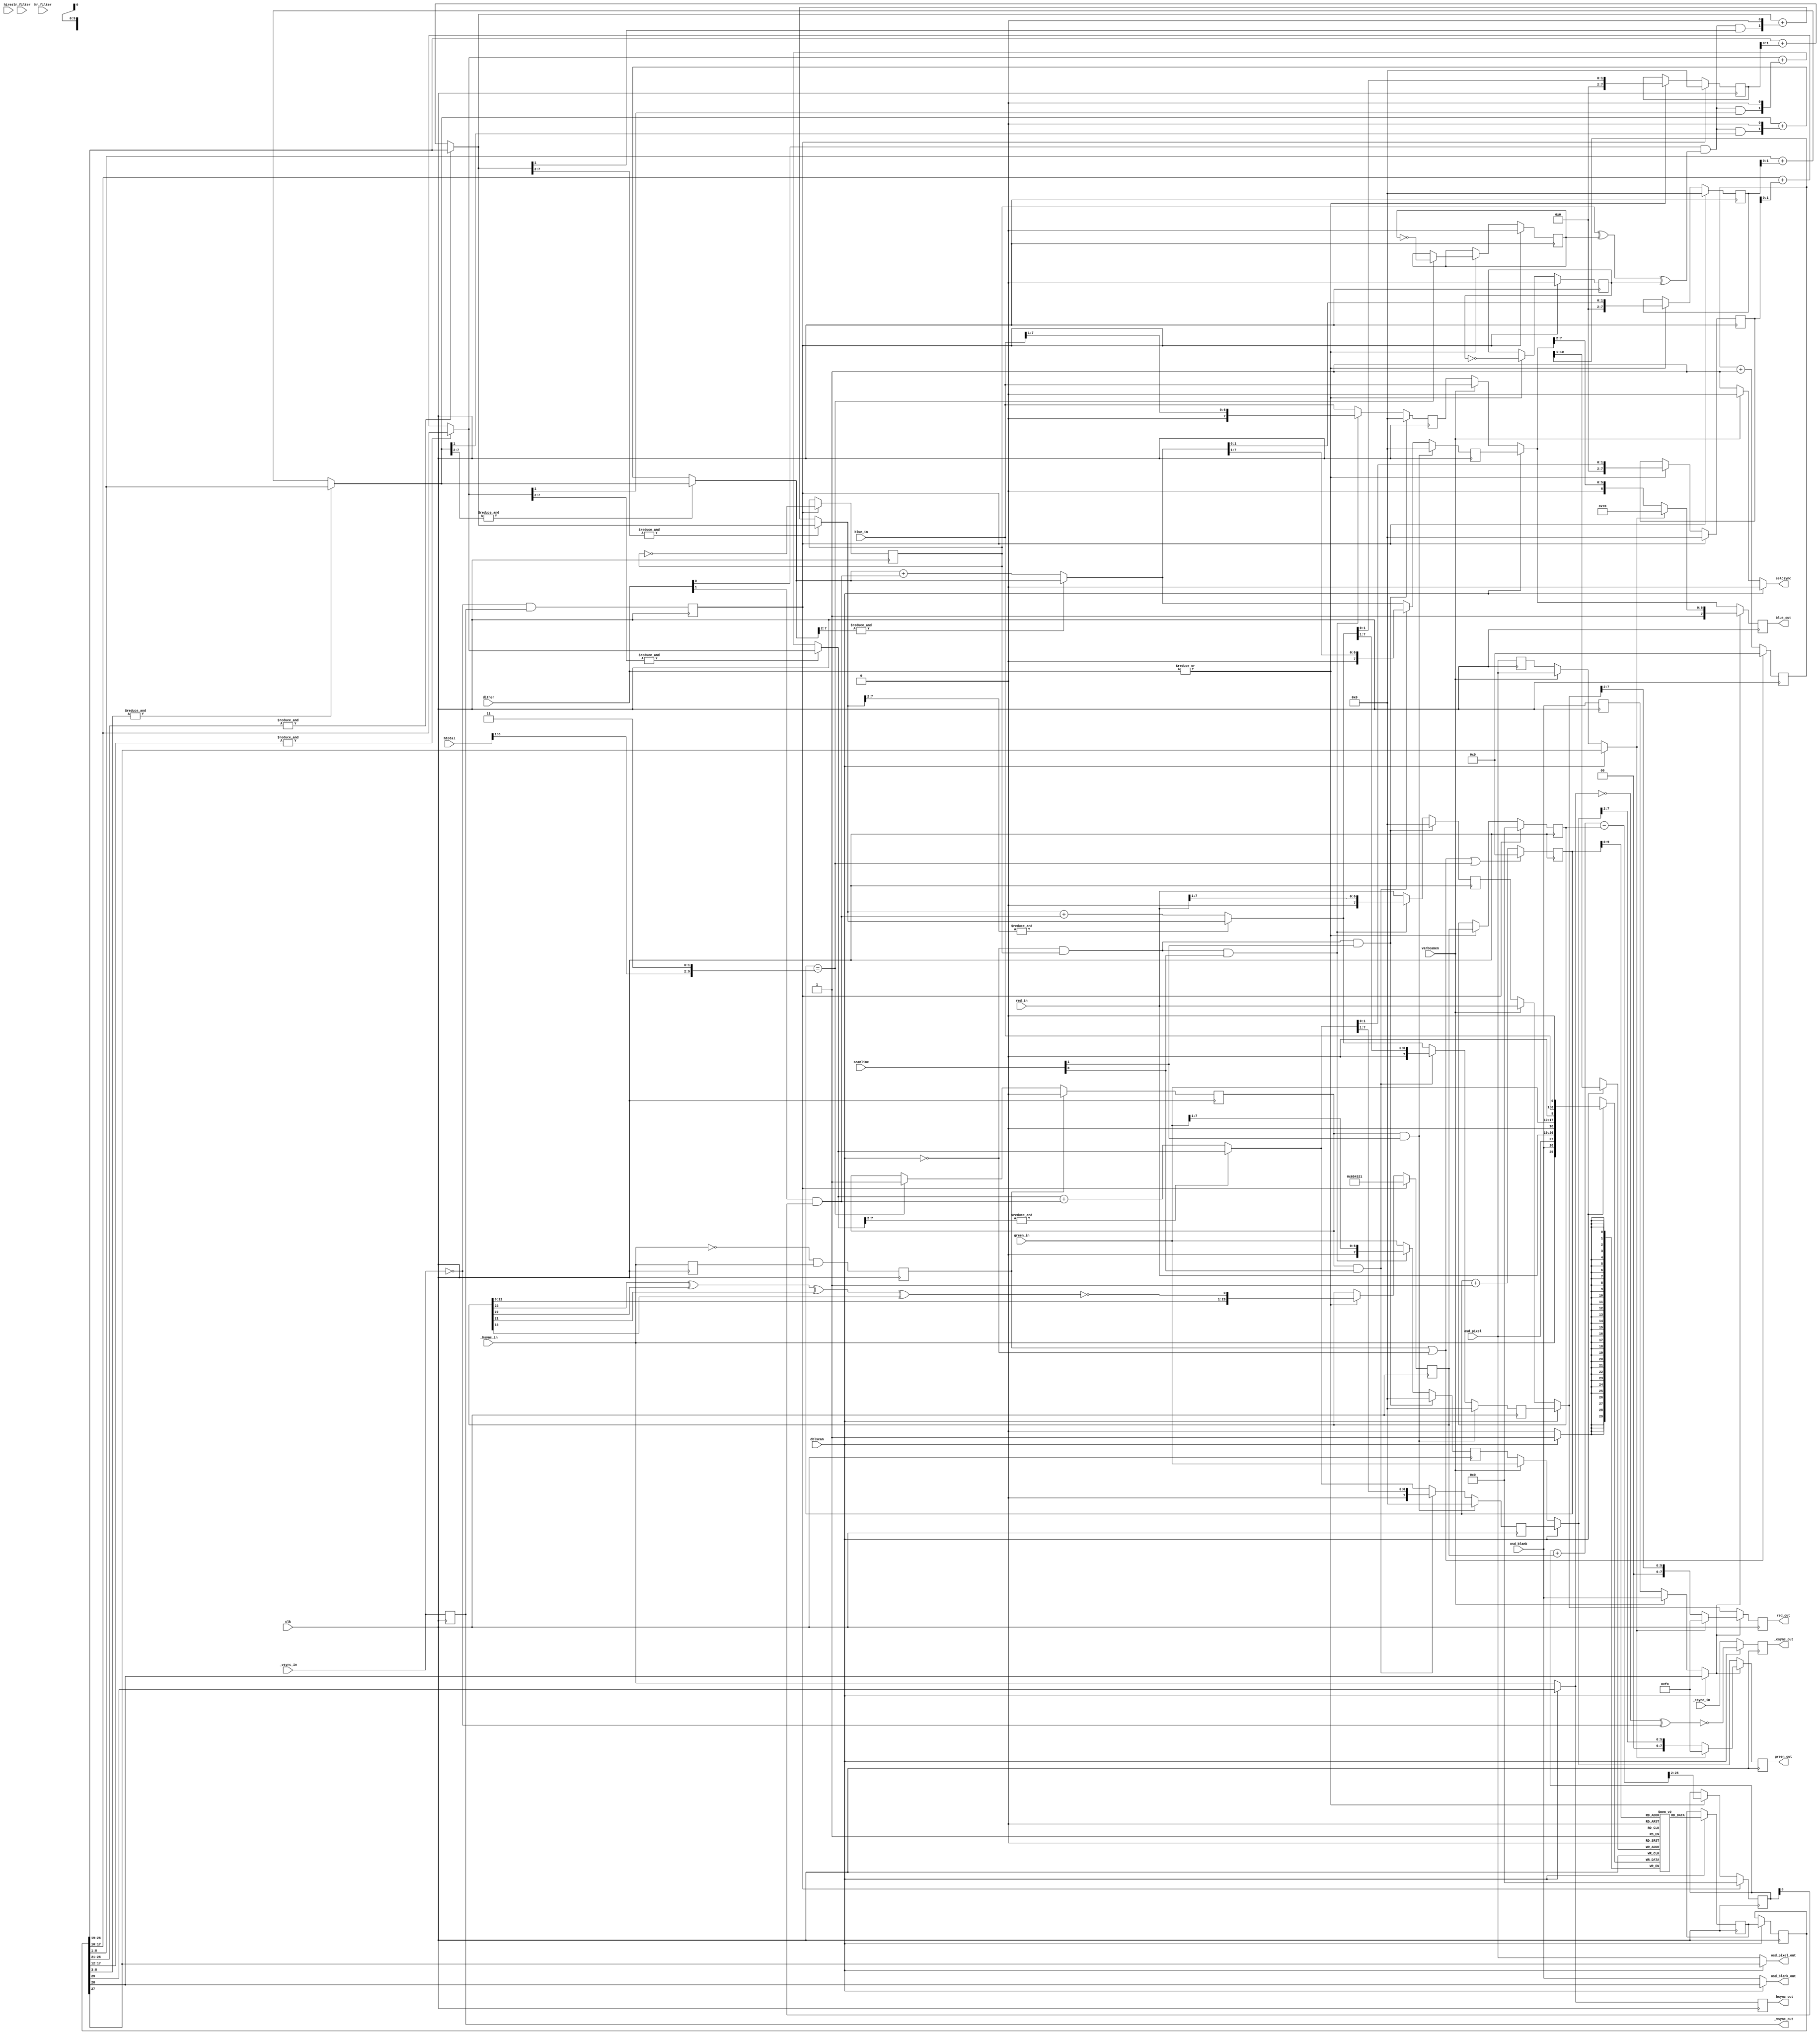
////////////////////////////////////////////////////////////////////////////////
//                                                                            //
// Copyright 2006, 2007 Dennis van Weeren                                     //
//                                                                            //
// This file is part of Minimig                                               //
//                                                                            //
// Minimig is free software; you can redistribute it and/or modify            //
// it under the terms of the GNU General Public License as published by       //
// the Free Software Foundation; either version 3 of the License, or          //
// (at your option) any later version.                                        //
//                                                                            //
// Minimig is distributed in the hope that it will be useful,                 //
// but WITHOUT ANY WARRANTY; without even the implied warranty of             //
// MERCHANTABILITY or FITNESS FOR A PARTICULAR PURPOSE.  See the              //
// GNU General Public License for more details.                               //
//                                                                            //
// You should have received a copy of the GNU General Public License          //
// along with this program.  If not, see <http://www.gnu.org/licenses/>.      //
//                                                                            //
////////////////////////////////////////////////////////////////////////////////
//                                                                            //
// This is Amber                                                              //
// Amber is a scandoubler to allow connection to a VGA monitor.               //
// In addition, it can overlay an OSD (on-screen-display) menu.               //
// Amber also has a pass-through mode in which                                //
// the video output can be connected to an RGB SCART input.                   //
// The meaning of _hsync_out and _vsync_out is then:                          //
// _vsync_out is fixed high (for use as RGB enable on SCART input).           //
// _hsync_out is composite sync output.                                       //
//                                                                            //
////////////////////////////////////////////////////////////////////////////////
//                                                                            //
// Changelog                                                                  //
// DW:                                                                        //
// 2006-01-10  - first serious version                                        //
// 2006-01-11  - done lot's of work, Amber is now finished                    //
// 2006-12-29  - added support for OSD overlay                                //
//                                                                            //
// JB:                                                                        //
// 2008-02-26  - synchronous 28 MHz version                                   //
// 2008-02-28  - horizontal and vertical interpolation                        //
// 2008-02-02  - hfilter/vfilter inputs added, unused inputs removed          //
// 2008-12-12  - useless scanline effect implemented                          //
// 2008-12-27  - clean-up                                                     //
// 2009-05-24  - clean-up & renaming                                          //
// 2009-08-31  - scanlines synthesis option                                   //
// 2010-05-30  - htotal changed                                               //
//                                                                            //
// RK:                                                                        //
// 2013-03-03  - cleanup                                                      //
//                                                                            //
////////////////////////////////////////////////////////////////////////////////


module amber
(
  input  wire           clk,            // 28MHz clock
  // config
  input  wire           dblscan,        // enable VGA output (enable scandoubler)
  input  wire           varbeamen,      // variable beam enabled
  input  wire [  2-1:0] lr_filter,      // interpolation filter settings for low resolution
  input  wire [  2-1:0] hr_filter,      // interpolation filter settings for high resolution
  input  wire [  2-1:0] scanline,       // scanline effect enable
  input  wire [  2-1:0] dither,         // dither enable (00 = off, 01 = temporal, 10 = random, 11 = temporal + random)
  // control
  input  wire [  9-1:0] htotal,         // video line length
  input  wire           hires,          // display is in hires mode (from bplcon0)
  // osd
  input  wire           osd_blank,      // OSD overlay enable (blank normal video)
  input  wire           osd_pixel,      // OSD pixel(video) data
  // input
  input  wire [  8-1:0] red_in,         // red componenent video in
  input  wire [  8-1:0] green_in,       // green component video in
  input  wire [  8-1:0] blue_in,        // blue component video in
  input  wire           _csync_in,      // composite sync in
  input  wire           _hsync_in,      // horizontal synchronisation in
  input  wire           _vsync_in,      // vertical synchronisation in
  // output
  output reg  [  8-1:0] red_out=0,      // red componenent video out
  output reg  [  8-1:0] green_out=0,    // green component video out
  output reg  [  8-1:0] blue_out=0,     // blue component video out
  output reg            _hsync_out=0,   // horizontal synchronisation out
  output reg            _vsync_out=0,   // vertical synchronisation out
  output reg				_csync_out=0,
  output wire            selcsync,
  output wire				osd_blank_out,
  output wire				osd_pixel_out
);


//// params ////
localparam [  8-1:0] OSD_R = 8'b11110000;
localparam [  8-1:0] OSD_G = 8'b11110000;
localparam [  8-1:0] OSD_B = 8'b11110000;


//// control ////
reg            _hsync_in_del=0;         // delayed horizontal synchronisation input
reg            hss=0;                   // horizontal sync start
reg            _vsync_in_del=0;         // delayed vertical synchronisation input
reg            vss=0;                   // vertical sync start

// horizontal sync start  (falling edge detection)
always @ (posedge clk) begin
  _hsync_in_del <= #1 _hsync_in;
  hss           <= #1 ~_hsync_in & _hsync_in_del;
  _vsync_in_del <= #1 _vsync_in;
  vss           <= #1 ~_vsync_in & _vsync_in_del;
end


//// horizontal interpolation ////
reg            hi_en=0;                 // horizontal interpolation enable
reg  [  8-1:0] r_in_d=0;                // pixel data delayed by 70ns for horizontal interpolation
reg  [  8-1:0] g_in_d=0;                // pixel data delayed by 70ns for horizontal interpolation
reg  [  8-1:0] b_in_d=0;                // pixel data delayed by 70ns for horizontal interpolation
wire [  9-1:0] hi_r;                    // horizontal interpolation output
wire [  9-1:0] hi_g;                    // horizontal interpolation output
wire [  9-1:0] hi_b;                    // horizontal interpolation output
reg  [ 11-1:0] sd_lbuf_wr=0;            // line buffer write pointer

// horizontal interpolation enable
always @ (posedge clk) begin
`ifdef MINIMIG_VIDEO_FILTER
  if (hss) hi_en <= #1 hires ? hr_filter[0] : lr_filter[0];
`else
  hi_en <= #1 1'b0;
`endif
end

// pixel data delayed by one hires pixel for horizontal interpolation
always @ (posedge clk) begin
  if (sd_lbuf_wr[0])  begin // sampled at 14MHz (hires clock rate)
    r_in_d <= red_in;
    g_in_d <= green_in;
    b_in_d <= blue_in;
  end
end

// interpolate & mux
assign hi_r = hi_en ? ({1'b0, red_in}   + {1'b0, r_in_d}) : {red_in[7:0]  , 1'b0};
assign hi_g = hi_en ? ({1'b0, green_in} + {1'b0, g_in_d}) : {green_in[7:0], 1'b0};
assign hi_b = hi_en ? ({1'b0, blue_in}  + {1'b0, b_in_d}) : {blue_in[7:0] , 1'b0};


//// scandoubler ////
reg  [ 30-1:0] sd_lbuf [0:1024-1];      // line buffer for scan doubling (there are 908/910 hires pixels in every line)
reg  [ 30-1:0] sd_lbuf_o=0;             // line buffer output register
reg  [ 30-1:0] sd_lbuf_o_d=0;           // compensantion for one clock delay of the second line buffer
reg  [ 11-1:0] sd_lbuf_rd=0;            // line buffer read pointer

// scandoubler line buffer write pointer
always @ (posedge clk) begin
  if (hss || !dblscan)
    sd_lbuf_wr <= #1 11'd0;
  else
    sd_lbuf_wr <= #1 sd_lbuf_wr + 11'd1;
end

// scandoubler line buffer read pointer
always @ (posedge clk) begin
  if (hss || !dblscan || (sd_lbuf_rd == {htotal[8:1],2'b11})) // reset at horizontal sync start and end of scandoubled line
    sd_lbuf_rd <= #1 11'd0;
  else
    sd_lbuf_rd <= #1 sd_lbuf_rd + 11'd1;
end

// scandoubler line buffer write/read
always @ (posedge clk) begin
  if (dblscan) begin
    // write
    sd_lbuf[sd_lbuf_wr[10:1]] <= #1 {_hsync_in, osd_blank, osd_pixel, hi_r, hi_g, hi_b};
    // read
    sd_lbuf_o <= #1 sd_lbuf[sd_lbuf_rd[9:0]];
    // delayed data
    sd_lbuf_o_d <= #1 sd_lbuf_o;
  end
end


//// vertical interpolation ////
reg            vi_en=0;                 // vertical interpolation enable
reg  [ 30-1:0] vi_lbuf [0:1024-1];      // vertical interpolation line buffer
reg  [ 30-1:0] vi_lbuf_o=0;             // vertical interpolation line buffer output register
wire [ 10-1:0] vi_r_tmp;                // vertical interpolation temp data
wire [ 10-1:0] vi_g_tmp;                // vertical interpolation temp data
wire [ 10-1:0] vi_b_tmp;                // vertical interpolation temp data
wire [  8-1:0] vi_r;                    // vertical interpolation outputs
wire [  8-1:0] vi_g;                    // vertical interpolation outputs
wire [  8-1:0] vi_b;                    // vertical interpolation outputs

//vertical interpolation enable
always @ (posedge clk) begin
`ifdef MINIMIG_VIDEO_FILTER
  if (hss) vi_en <= #1 hires ? hr_filter[1] : lr_filter[1];
`else
  vi_en <= #1 1'b0;
`endif
end

// vertical interpolation line buffer write/read
always @ (posedge clk) begin
  // write
  vi_lbuf[sd_lbuf_rd[9:0]] <= #1 sd_lbuf_o;
  // read
  vi_lbuf_o <= #1 vi_lbuf[sd_lbuf_rd[9:0]];
end

// interpolate & mux
assign vi_r_tmp = vi_en ? ({1'b0, sd_lbuf_o_d[26:18]} + {1'b0, vi_lbuf_o[26:18]}) : {sd_lbuf_o_d[26:18], 1'b0};
assign vi_g_tmp = vi_en ? ({1'b0, sd_lbuf_o_d[17:09]} + {1'b0, vi_lbuf_o[17:09]}) : {sd_lbuf_o_d[17:09], 1'b0};
assign vi_b_tmp = vi_en ? ({1'b0, sd_lbuf_o_d[ 8: 0]} + {1'b0, vi_lbuf_o[ 8: 0]}) : {sd_lbuf_o_d[ 8: 0], 1'b0};

// cut unneeded bits
assign vi_r = vi_r_tmp[8+2-1:2];
assign vi_g = vi_g_tmp[8+2-1:2];
assign vi_b = vi_b_tmp[8+2-1:2];

`ifdef MINIMIG_TOPLEVEL_DITHER

wire [ 8-1:0] dither_r;
wire [ 8-1:0] dither_g;
wire [ 8-1:0] dither_b;
wire f_cnt;

assign dither_r = vi_r;
assign dither_g = vi_g;
assign dither_b = vi_b;
assign f_cnt=1'b0;

`else
//// dither ////
reg  [24-1:0] seed=0;
reg  [24-1:0] randval=0;
reg  [24-1:0] seed_old=0;
wire [26-1:0] hpf_sum;
reg           f_cnt=0;
reg           h_cnt=0;
reg           v_cnt=0;
wire [ 8-1:0] r_dither_err;
wire [ 8-1:0] g_dither_err;
wire [ 8-1:0] b_dither_err;
reg  [ 8-1:0] r_err=0;
reg  [ 8-1:0] g_err=0;
reg  [ 8-1:0] b_err=0;
wire [ 8-1:0] r_dither_tsp;
wire [ 8-1:0] g_dither_tsp;
wire [ 8-1:0] b_dither_tsp;
wire [ 8-1:0] r_dither_rnd;
wire [ 8-1:0] g_dither_rnd;
wire [ 8-1:0] b_dither_rnd;
wire [ 8-1:0] dither_r;
wire [ 8-1:0] dither_g;
wire [ 8-1:0] dither_b;

// pseudo random number generator
always @ (posedge clk) begin
  if (vss) begin
    seed <= #1 24'h654321;
    seed_old <= #1 24'd0;
    randval <= #1 24'd0;
  end else if (|dither) begin
    seed <= #1 {seed[22:0], ~(seed[23] ^ seed[22] ^ seed[21] ^ seed[16])};
    seed_old <= #1 seed;
    randval <= #1 hpf_sum[25:2];
  end
end

assign hpf_sum = {2'b00,randval} + {2'b00, seed} - {2'b00, seed_old};

// horizontal / vertical / frame marker
always @ (posedge clk) begin
  if (vss) begin
    f_cnt <= #1 ~f_cnt;
    v_cnt <= #1 1'b0;
    h_cnt <= #1 1'b0;
  end else if (|dither) begin
    if (sd_lbuf_rd == {htotal[8:1],2'b11}) v_cnt <= #1 ~v_cnt;
    h_cnt <= #1 ~h_cnt;
  end
end

// dither add previous error / 2
assign r_dither_err = &vi_r[7:2] ? vi_r[7:0] : vi_r[7:0] + {6'b000000, r_err[1:0]};
assign g_dither_err = &vi_g[7:2] ? vi_g[7:0] : vi_g[7:0] + {6'b000000, g_err[1:0]};
assign b_dither_err = &vi_b[7:2] ? vi_b[7:0] : vi_b[7:0] + {6'b000000, b_err[1:0]};

// temporal/spatial dithering
assign r_dither_tsp = &r_dither_err[7:2] ? r_dither_err[7:0] : r_dither_err[7:0] + {6'b000000, (dither[0] & (f_cnt ^ v_cnt ^ h_cnt) & r_dither_err[1]), 1'b0};
assign g_dither_tsp = &g_dither_err[7:2] ? g_dither_err[7:0] : g_dither_err[7:0] + {6'b000000, (dither[0] & (f_cnt ^ v_cnt ^ h_cnt) & g_dither_err[1]), 1'b0};
assign b_dither_tsp = &b_dither_err[7:2] ? b_dither_err[7:0] : b_dither_err[7:0] + {6'b000000, (dither[0] & (f_cnt ^ v_cnt ^ h_cnt) & b_dither_err[1]), 1'b0};

// random dithering
assign r_dither_rnd = &r_dither_tsp[7:2] ? r_dither_tsp[7:0] : r_dither_tsp[7:0] + {7'b0000000, dither[1] & randval[0]};
assign g_dither_rnd = &g_dither_tsp[7:2] ? g_dither_tsp[7:0] : g_dither_tsp[7:0] + {7'b0000000, dither[1] & randval[0]};
assign b_dither_rnd = &b_dither_tsp[7:2] ? b_dither_tsp[7:0] : b_dither_tsp[7:0] + {7'b0000000, dither[1] & randval[0]};

// dither error
always @ (posedge clk) begin
  if (vss) begin
    r_err <= #1 8'd0;
    g_err <= #1 8'd0;
    b_err <= #1 8'd0;
  end else if (|dither) begin
    r_err <= #1 {6'b000000, r_dither_rnd[1:0]};
    g_err <= #1 {6'b000000, g_dither_rnd[1:0]};
    b_err <= #1 {6'b000000, b_dither_rnd[1:0]};
  end
end

assign dither_r = r_dither_rnd;
assign dither_g = g_dither_rnd;
assign dither_b = b_dither_rnd;

`endif

//// scanlines ////
reg            sl_en=0;                 // scanline enable
reg  [  8-1:0] sl_r=0;                  // scanline data output
reg  [  8-1:0] sl_g=0;                  // scanline data output
reg  [  8-1:0] sl_b=0;                  // scanline data output
reg  [  8-1:0] ns_r;
reg  [  8-1:0] ns_g;
reg  [  8-1:0] ns_b;
reg            ns_csync;
reg            ns_osd_blank;
reg            ns_osd_pixel;

// scanline enable
always @ (posedge clk) begin
  if (hss) // reset at horizontal sync start
    sl_en <= #1 1'b0;
  else if (sd_lbuf_rd == {htotal[8:1],2'b11}) // set at end of scandoubled line
    sl_en <= #1 1'b1;
end

// scanlines for scandoubled lines
always @ (posedge clk) begin
  sl_r <= #1 ((sl_en && scanline[1]) ? 8'h00 : ((sl_en && scanline[0]) ? {1'b0, dither_r[7:1]} : dither_r));
  sl_g <= #1 ((sl_en && scanline[1]) ? 8'h00 : ((sl_en && scanline[0]) ? {1'b0, dither_g[7:1]} : dither_g));
  sl_b <= #1 ((sl_en && scanline[1]) ? 8'h00 : ((sl_en && scanline[0]) ? {1'b0, dither_b[7:1]} : dither_b));
end

// scanlines for non-scandoubled lines
always @ (posedge clk) begin
  ns_r          <= #1 ((!dblscan && f_cnt && scanline[1]) ? 8'h00 : ((!dblscan && f_cnt && scanline[0]) ? {1'b0, red_in[7:1]}   : red_in));
  ns_g          <= #1 ((!dblscan && f_cnt && scanline[1]) ? 8'h00 : ((!dblscan && f_cnt && scanline[0]) ? {1'b0, green_in[7:1]} : green_in));
  ns_b          <= #1 ((!dblscan && f_cnt && scanline[1]) ? 8'h00 : ((!dblscan && f_cnt && scanline[0]) ? {1'b0, blue_in[7:1]}  : blue_in));
  ns_csync      <= #1 _csync_in;
  ns_osd_blank  <= #1 osd_blank;
  ns_osd_pixel  <= #1 osd_pixel;
end


//// bypass mux ////
wire           bm_hsync;
wire           bm_vsync;
wire [  8-1:0] bm_r;
wire [  8-1:0] bm_g;
wire [  8-1:0] bm_b;
wire           bm_osd_blank;
wire           bm_osd_pixel;

assign selcsync     = dblscan ? 1'b0 : varbeamen ? 1'b0 : 1'b1;
assign bm_hsync     = dblscan ? sd_lbuf_o_d[29] : _hsync_in;
assign bm_vsync     = dblscan ? _vsync_in       : _vsync_in;
//assign bm_hsync     = dblscan ? sd_lbuf_o_d[29] : varbeamen ? _hsync_in : ns_csync;
//assign bm_vsync     = dblscan ? _vsync_in       : varbeamen ? _vsync_in : 1'b1;
assign bm_r         = dblscan ? sl_r            : varbeamen ? red_in    : ns_r;
assign bm_g         = dblscan ? sl_g            : varbeamen ? green_in  : ns_g;
assign bm_b         = dblscan ? sl_b            : varbeamen ? blue_in   : ns_b;
assign bm_osd_blank = dblscan ? sd_lbuf_o_d[28] : varbeamen ? osd_blank : ns_osd_blank;
assign bm_osd_pixel = dblscan ? sd_lbuf_o_d[27] : varbeamen ? osd_pixel : ns_osd_pixel;
assign osd_blank_out = dblscan ? sd_lbuf_o_d[28] : osd_blank;
assign osd_pixel_out = dblscan ? sd_lbuf_o_d[27] : osd_pixel;


`ifdef MINIMIG_TOPLEVEL_DITHER
`define MINIMIG_TOPLEVEL_OSD
`endif

//// osd ////
wire [  8-1:0] osd_r;
wire [  8-1:0] osd_g;
wire [  8-1:0] osd_b;

`ifdef MINIMIG_TOPLEVEL_OSD

assign osd_r = bm_r;
assign osd_g = bm_g;
assign osd_b = bm_b;

`else

assign osd_r = (bm_osd_blank ? (bm_osd_pixel ? OSD_R : {2'b00, bm_r[7:2]}) : bm_r);
assign osd_g = (bm_osd_blank ? (bm_osd_pixel ? OSD_G : {2'b00, bm_g[7:2]}) : bm_g);
assign osd_b = (bm_osd_blank ? (bm_osd_pixel ? OSD_B : {2'b10, bm_b[7:2]}) : bm_b);

`endif

//// output registers ////
always @ (posedge clk) begin
  _hsync_out <= #1 bm_hsync;
  _vsync_out <= #1 bm_vsync;
  _csync_out <= #1 dblscan ? ~(~bm_hsync ^ ~bm_vsync) : _csync_in;
  red_out    <= #1 osd_r;
  green_out  <= #1 osd_g;
  blue_out   <= #1 osd_b;
end

endmodule